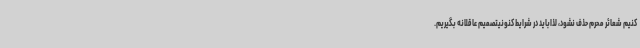
کنیم شعائر محرم حذف نشود، لذاباید در شرایط کنونیتصمیم عاقلانه بگیریم.